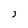
Character: 3